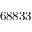
6 8 8 3 3